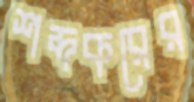
শব্দকরের